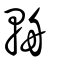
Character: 輈